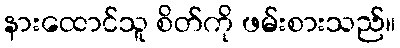
နားထောင်သူ စိတ်ကို ဖမ်းစားသည်။